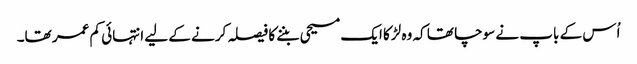
اُس کے باپ نے سوچا تھا کہ وہ لڑکا ایک مسیحی بننے کا فیصلہ کرنے کے لیے انتہائی کم عمر تھا۔